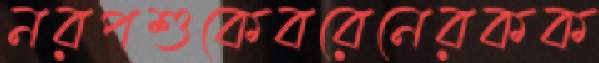
নরপশুকেবরেনেরকক